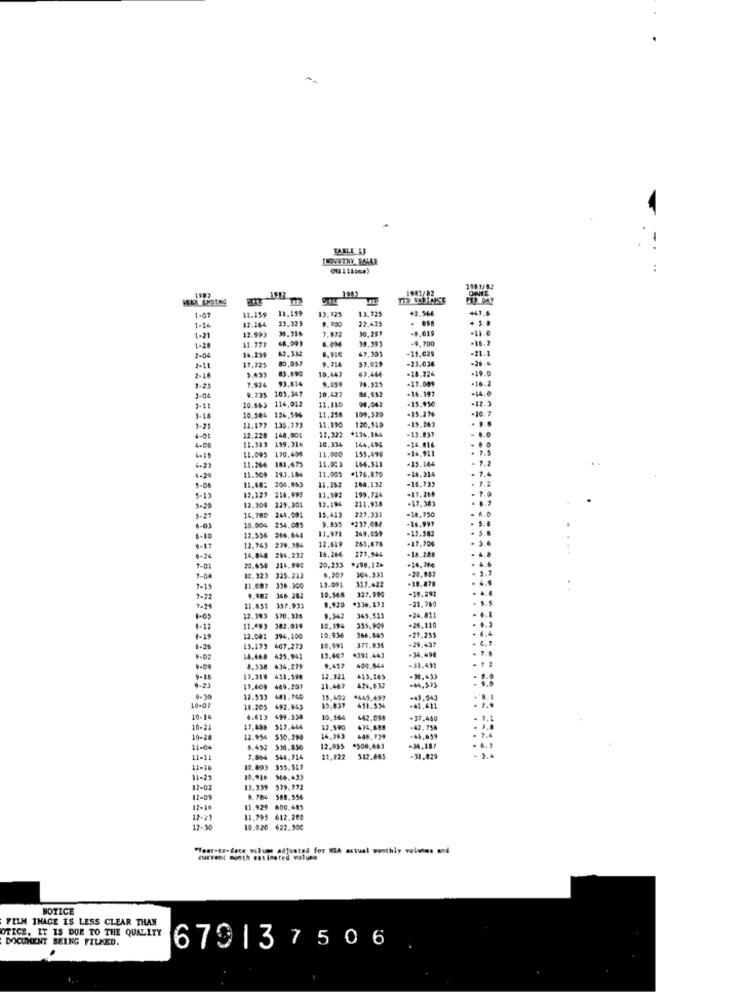
. -
TABLE AF
..
1-07
11.159
11.159
13.125
13.725
+2.366
+41.6
12.164
23.323
8. 300
22.425
1-14
12.999
38.316
7.872
-6,019
1-21
30.391
-9. 700
.16.2
1-28
11.778
14.239
62.332
47,301
-11.029
-21.1
2.04
17.725
80,057
9.716
57.029
-13.038
-26.4
2-11
5.493
85,490
10.447
63.464
-18.224
-19.0
7.924
93,414
9.659
-17.00$
-10.2
1-21
9.735
103,347
10.422
85.452
-16.397
1-04
10.463
114,012
11.110
94.042
-15.950
-14.0
-12. 3
1-11
126,596
11.258
109.329
-15.276
-10.7
1-18
10.50%
11.177
11,190
-15.263
135.773
12.322
#134,164
120,510
-13.837
- 8.0
4-01
12.228
11.313
148,001
159.314
10,334
144,494
4.08
11.O95
170.404
11.000
155.499
-14,911
-16.016
6-15
181.675
11.023
166.511
-15.144
11.266
11.509
293.154
11.001
#176.870
-16.314
4-24
11.68:
204.865
11.252
164,132
-16.133
5-08
17.127
216.992
13.502
199.724
-17.280
5-13
229.301
12.194
211.938
-17.383
5-20
12,309
244.091
15.413
227.331
-14.750
5-21
14.780
5.855
+237,088
-16.997
6-03
10.004
234.005
11,971
249,059
-17.382
6-10
12,356
264.644
12.419
261,478
-17.304
6-17
12.943
279.384
16.266
271.944
-16_288
0-24
14.848
294.232
20,233
*290.124
1-01
20.658
314,090
6.201
-20,057
9-04
12.323
325.212
13.091
904.331
317.422
7-14
11.097
336.300
10.565
327.990
-19.292
7-22
9.982
346.262
0.920
*336.13]
-21,769
1-24
21.651
357.933
12.393
370,326
9.342
345,525
-24,811
1-12
11.493
342.019
10,394
355,909
-26.120
-27,255
1-19
12.081 394,100
19.936
366,845
-29.437
13,173 407,273
10.991
377,836
14.468 425.942
13.407
+391.443
-34,494
9-09
8.338 434,279
9.457
400,044
-33.431
9-23
9-15
13.319
431.598
12.321
413.169
-32.+33
-44,535
469,207
11.467
426,632
481.760
15,409
-41.943
10-07
11.205
492.945
15.837
491,534
-41,411
10-14
6.413
699.558
10.564
442.096
-37.460
10-21
17,486
$17.446
12.390
474,689
-42,756
10-20
12.954
$30.390
14,393
11-04
6.452
536.850
12.05$
*500,453
-34, 187
11-11
7.864
544.714
11.222
512.865
-31.829
11-10
10,803
$55.517
11-25
10.91₺
12-02
13.339
12-01
8.184
388.556
12-16
11.929
600.485
12-21
11.795 412.200
12-30
10.020 622.300
"Year-co-dece volume adjusted for ICA actual monthly volutes und
current month estimated volume
NOTICE
FILM THACE IS LESS CLEAR THAN
OTICE. IT IS DUE TO THE QUALITY
DOCUMENT BEING FILMED.
679137506